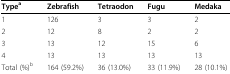
<table><thead><tr><td><b>Type<sup>a</sup></b></td><td><b>Zebrafish</b></td><td><b>Tetraodon</b></td><td><b>Fugu</b></td><td><b>Medaka</b></td></tr></thead><tbody><tr><td>1</td><td>126</td><td>3</td><td>3</td><td>2</td></tr><tr><td>2</td><td>12</td><td>8</td><td>2</td><td>2</td></tr><tr><td>3</td><td>13</td><td>12</td><td>15</td><td>6</td></tr><tr><td>4</td><td>13</td><td>13</td><td>13</td><td>13</td></tr><tr><td>Total (%)<sup>b</sup></td><td>164 (59.2%)</td><td>36 (13.0%)</td><td>33 (11.9%)</td><td>28 (10.1%)</td></tr></tbody></table>